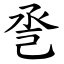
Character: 巹